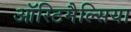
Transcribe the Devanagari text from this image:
ऑस्टिमैल्सिया